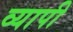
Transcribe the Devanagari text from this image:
व्‍यापी